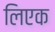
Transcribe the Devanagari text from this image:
लिएक